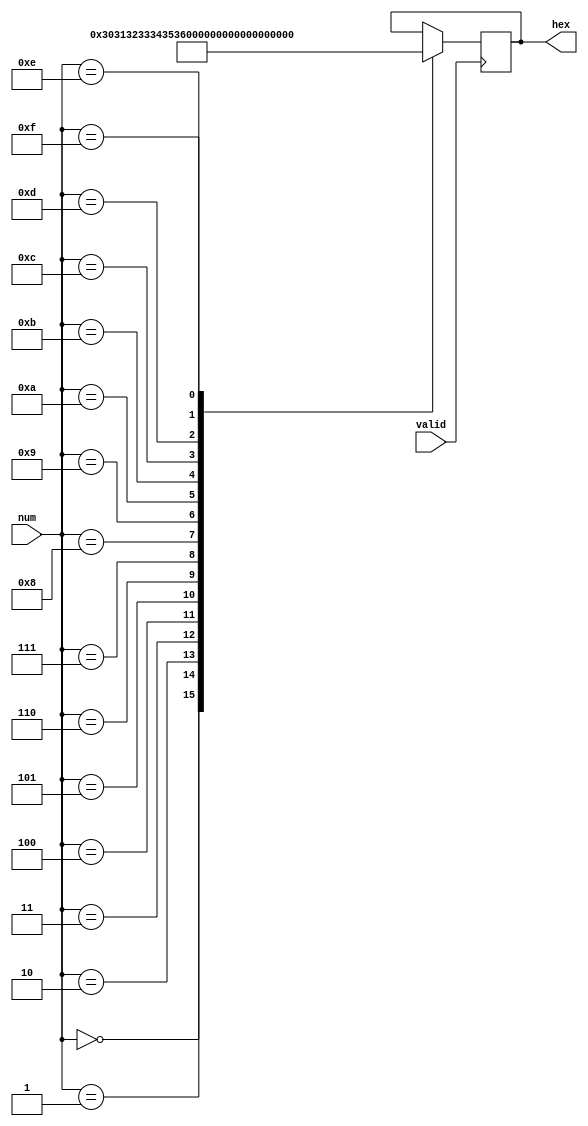
`timescale 1ns / 1ps
//////////////////////////////////////////////////////////////////////////////////
// Company: 
// Engineer: 
// 
// Design Name: 
// Module Name:    hex 
// Project Name: 
// Target Devices: 
// Tool versions: 
// Description: 
//
// Dependencies: 
//
// Revision: 
// Revision 0.01 - File Created
// Additional Comments: 
//
//////////////////////////////////////////////////////////////////////////////////
module hex( input [7:0] num, input valid, output reg [7:0] hex
    );

	always @(posedge valid)
	begin
		case(num)
			8'd0: hex <= 8'd48;
			8'd1: hex <= 8'd49;
			8'd2: hex <= 8'd50;
			8'd3: hex <= 8'd51;
			8'd4: hex <= 8'd52;
			8'd5: hex <= 8'd53;
			8'd6: hex <= 8'd54;
			8'd7: hex <= 8'd55;
			8'd8: hex <= 8'd56;
			8'd9: hex <= 8'd57;
			8'd10: hex <= 8'd65;
			8'd11: hex <= 8'd66;
			8'd12: hex <= 8'd67;
			8'd13: hex <= 8'd68;
			8'd14: hex <= 8'd69;
			8'd15: hex <= 8'd70;
		endcase
	end

endmodule